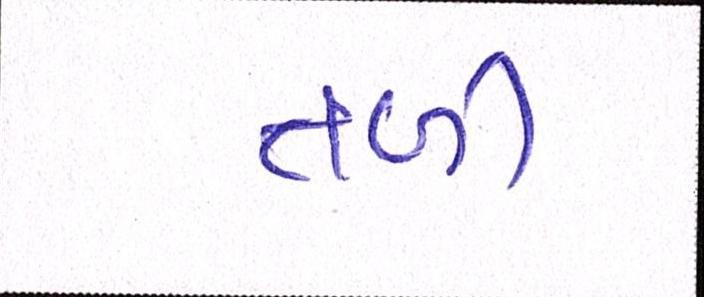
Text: તળી